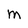
Character: M